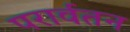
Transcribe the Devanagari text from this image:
परार्वतन